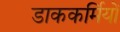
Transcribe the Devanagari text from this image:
डाककर्मियों